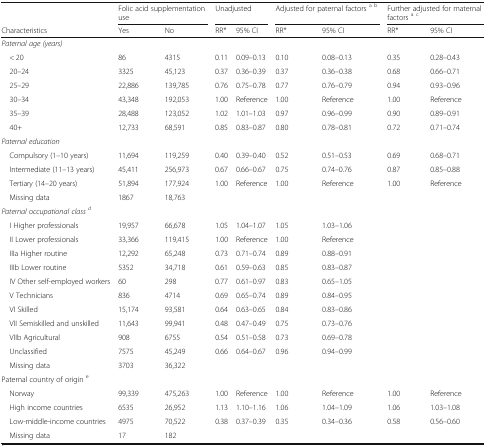
<table><thead><tr><td></td><td colspan="2"><b>Folic acid supplementation use</b></td><td colspan="2"><b>Unadjusted</b></td><td colspan="2"><b>Adjusted for paternal factors <sup>a b</sup></b></td><td colspan="2"><b>Further adjusted for maternal factors <sup>a c</sup></b></td></tr><tr><td><b>Characteristics</b></td><td><b>Yes</b></td><td><b>No</b></td><td><b>RR*</b></td><td><b>95% CI</b></td><td><b>RR*</b></td><td><b>95% CI</b></td><td><b>RR*</b></td><td><b>95% CI</b></td></tr></thead><tbody><tr><td colspan="9"><i>Paternal age (years)</i></td></tr><tr><td> &lt; 20</td><td>86</td><td>4315</td><td>0.11</td><td>0.09–0.13</td><td>0.10</td><td>0.08–0.13</td><td>0.35</td><td>0.28–0.43</td></tr><tr><td> 20–24</td><td>3325</td><td>45,123</td><td>0.37</td><td>0.36–0.39</td><td>0.37</td><td>0.36–0.38</td><td>0.68</td><td>0.66–0.71</td></tr><tr><td> 25–29</td><td>22,886</td><td>139,785</td><td>0.76</td><td>0.75–0.78</td><td>0.77</td><td>0.76–0.79</td><td>0.94</td><td>0.93–0.96</td></tr><tr><td> 30–34</td><td>43,348</td><td>192,053</td><td>1.00</td><td>Reference</td><td>1.00</td><td>Reference</td><td>1.00</td><td>Reference</td></tr><tr><td> 35–39</td><td>28,488</td><td>123,052</td><td>1.02</td><td>1.01–1.03</td><td>0.97</td><td>0.96–0.99</td><td>0.90</td><td>0.89–0.91</td></tr><tr><td> 40+</td><td>12,733</td><td>68,591</td><td>0.85</td><td>0.83–0.87</td><td>0.80</td><td>0.78–0.81</td><td>0.72</td><td>0.71–0.74</td></tr><tr><td colspan="9"><i>Paternal education</i></td></tr><tr><td> Compulsory (1–10 years)</td><td>11,694</td><td>119,259</td><td>0.40</td><td>0.39–0.40</td><td>0.52</td><td>0.51–0.53</td><td>0.69</td><td>0.68–0.71</td></tr><tr><td> Intermediate (11–13 years)</td><td>45,411</td><td>256,973</td><td>0.67</td><td>0.66–0.67</td><td>0.75</td><td>0.74–0.76</td><td>0.87</td><td>0.85–0.88</td></tr><tr><td> Tertiary (14–20 years)</td><td>51,894</td><td>177,924</td><td>1.00</td><td>Reference</td><td>1.00</td><td>Reference</td><td>1.00</td><td>Reference</td></tr><tr><td> Missing data</td><td>1867</td><td>18,763</td><td></td><td></td><td></td><td></td><td></td><td></td></tr><tr><td colspan="9"><i>Paternal occupational class</i><sup><i>d</i></sup></td></tr><tr><td> I Higher professionals</td><td>19,957</td><td>66,678</td><td>1.05</td><td>1.04–1.07</td><td>1.05</td><td>1.03–1.06</td><td></td><td></td></tr><tr><td> II Lower professionals</td><td>33,366</td><td>119,415</td><td>1.00</td><td>Reference</td><td>1.00</td><td>Reference</td><td></td><td></td></tr><tr><td> IIIa Higher routine</td><td>12,292</td><td>65,248</td><td>0.73</td><td>0.71–0.74</td><td>0.89</td><td>0.88–0.91</td><td></td><td></td></tr><tr><td> IIIb Lower routine</td><td>5352</td><td>34,718</td><td>0.61</td><td>0.59–0.63</td><td>0.85</td><td>0.83–0.87</td><td></td><td></td></tr><tr><td> IV Other self-employed workers</td><td>60</td><td>298</td><td>0.77</td><td>0.61–0.97</td><td>0.83</td><td>0.65–1.05</td><td></td><td></td></tr><tr><td> V Technicians</td><td>836</td><td>4714</td><td>0.69</td><td>0.65–0.74</td><td>0.89</td><td>0.84–0.95</td><td></td><td></td></tr><tr><td> VI Skilled</td><td>15,174</td><td>93,581</td><td>0.64</td><td>0.63–0.65</td><td>0.84</td><td>0.83–0.86</td><td></td><td></td></tr><tr><td> VII Semiskilled and unskilled</td><td>11,643</td><td>99,941</td><td>0.48</td><td>0.47–0.49</td><td>0.75</td><td>0.73–0.76</td><td></td><td></td></tr><tr><td> VIIb Agricultural</td><td>908</td><td>6755</td><td>0.54</td><td>0.51–0.58</td><td>0.73</td><td>0.69–0.78</td><td></td><td></td></tr><tr><td> Unclassified</td><td>7575</td><td>45,249</td><td>0.66</td><td>0.64–0.67</td><td>0.96</td><td>0.94–0.99</td><td></td><td></td></tr><tr><td> Missing data</td><td>3703</td><td>36,322</td><td></td><td></td><td></td><td></td><td></td><td></td></tr><tr><td colspan="9">Paternal country of origin <sup>e</sup></td></tr><tr><td> Norway</td><td>99,339</td><td>475,263</td><td>1.00</td><td>Reference</td><td>1.00</td><td>Reference</td><td>1.00</td><td>Reference</td></tr><tr><td> High income countries</td><td>6535</td><td>26,952</td><td>1.13</td><td>1.10–1.16</td><td>1.06</td><td>1.04–1.09</td><td>1.06</td><td>1.03–1.08</td></tr><tr><td> Low-middle-income countries</td><td>4975</td><td>70,522</td><td>0.38</td><td>0.37–0.39</td><td>0.35</td><td>0.34–0.36</td><td>0.58</td><td>0.56–0.60</td></tr><tr><td> Missing data</td><td>17</td><td>182</td><td></td><td></td><td></td><td></td><td></td><td></td></tr></tbody></table>